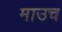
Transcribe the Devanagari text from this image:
माउच